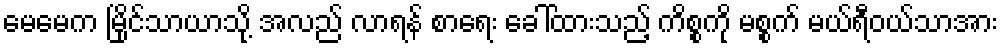
မေမေက မြိုင်သာယာသို့ အလည် လာရန် စာရေး ခေါ်ထားသည့် ကိစ္စကို မစ္စက် မယ်ရီဝယ်သာအား